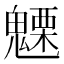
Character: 𮫦